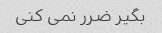
بگیر ضرر نمی کنی